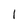
Character: l